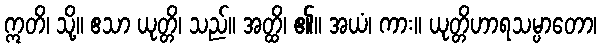
ဣတိ၊ သို့။ ဧသာ ယုတ္တိ၊ သည်။ အတ္ထိ၊ ၏။ အယံ၊ ကား။ ယုတ္တိဟာရသမ္ပာတော၊